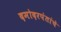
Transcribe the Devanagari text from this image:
दमोदरपंतांचे